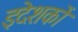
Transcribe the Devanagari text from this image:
इदेशकों